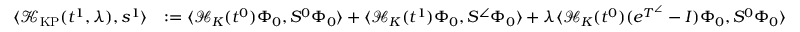
\begin{array} { r l } { \langle \mathcal { K } _ { \mathrm { K P } } ( t ^ { 1 } , \lambda ) , s ^ { 1 } \rangle } & { : = \langle \mathcal { H } _ { K } ( t ^ { 0 } ) \Phi _ { 0 } , S ^ { 0 } \Phi _ { 0 } \rangle + \langle \mathcal { H } _ { K } ( t ^ { 1 } ) \Phi _ { 0 } , S ^ { \angle } \Phi _ { 0 } \rangle + \lambda \langle \mathcal { H } _ { K } ( t ^ { 0 } ) ( e ^ { T ^ { \angle } } - I ) \Phi _ { 0 } , S ^ { 0 } \Phi _ { 0 } \rangle } \end{array}